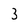
Character: 3